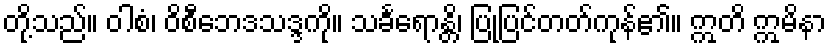
တို့သည်။ ဝါစံ၊ ဝိစီဘေဒသဒ္ဒကို။ သင်္ခရောန္တိ၊ ပြုပြင်တတ်ကုန်၏။ ဣတိ ဣမိနာ